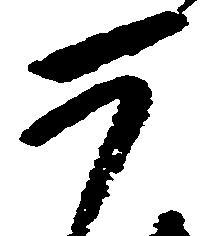
如